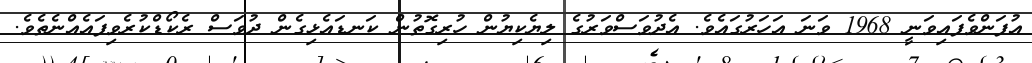
އުފަންވެފައިވަނީ 1968 ވަނަ އަހަރުގައެވެ. އެދުވަސްވަރުގެ ލިޔެކިޔުން ހުރިގޮތުން ކަނޑައެޅިގެން ދުވަސް ރެކޯޑްކުރެވިފައެއްނެތެވެ.